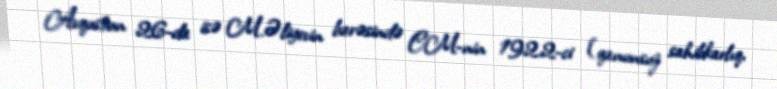
Avqustun 26-da isə M.Əliyevin barəsində CM-nin 192.2-ci (qanunsuz sahibkarlıq,